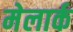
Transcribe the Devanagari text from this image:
मेलार्क